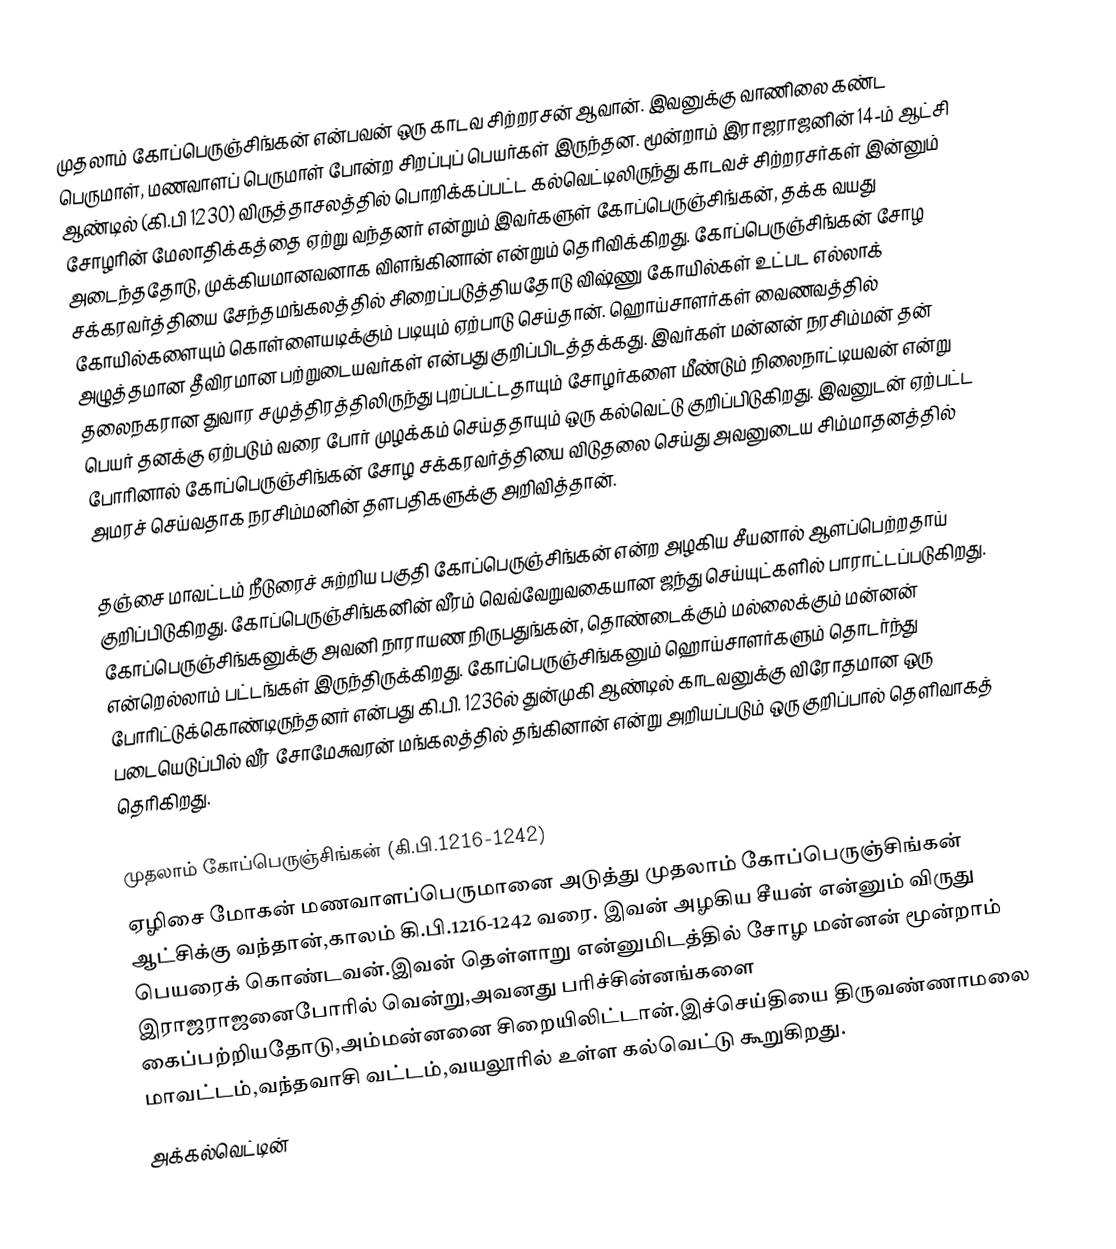
முதலாம் கோப்பெருஞ்சிங்கன் என்பவன் ஒரு காடவ சிற்றரசன் ஆவான். இவனுக்கு வாணிலை கண்ட பெருமாள், மணவாளப் பெருமாள் போன்ற சிறப்புப் பெயர்கள் இருந்தன.  மூன்றாம் இராஜராஜனின் 14-ம் ஆட்சி ஆண்டில் (கி.பி 1230) விருத்தாசலத்தில் பொறிக்கப்பட்ட கல்வெட்டிலிருந்து காடவச் சிற்றரசர்கள் இன்னும் சோழரின் மேலாதிக்கத்தை ஏற்று வந்தனர் என்றும் இவர்களுள் கோப்பெருஞ்சிங்கன், தக்க வயது அடைந்ததோடு, முக்கியமானவனாக விளங்கினான் என்றும் தெரிவிக்கிறது. கோப்பெருஞ்சிங்கன் சோழ சக்கரவர்த்தியை சேந்தமங்கலத்தில் சிறைப்படுத்தியதோடு விஷ்ணு கோயில்கள் உட்பட எல்லாக் கோயில்களையும் கொள்ளையடிக்கும் படியும் ஏற்பாடு செய்தான். ஹொய்சாளர்கள் வைணவத்தில் அழுத்தமான தீவிரமான பற்றுடையவர்கள் என்பது குறிப்பிடத்தக்கது. இவர்கள் மன்னன் நரசிம்மன் தன் தலைநகரான துவார சமுத்திரத்திலிருந்து புறப்பட்டதாயும் சோழர்களை மீண்டும் நிலைநாட்டியவன் என்று பெயர் தனக்கு ஏற்படும் வரை போர் முழக்கம் செய்ததாயும் ஒரு கல்வெட்டு குறிப்பிடுகிறது. இவனுடன் ஏற்பட்ட போரினால் கோப்பெருஞ்சிங்கன் சோழ சக்கரவர்த்தியை விடுதலை செய்து அவனுடைய சிம்மாதனத்தில் அமரச் செய்வதாக நரசிம்மனின் தளபதிகளுக்கு அறிவித்தான்.

தஞ்சை மாவட்டம் நீடுரைச் சுற்றிய பகுதி கோப்பெருஞ்சிங்கன் என்ற அழகிய சீயனால் ஆளப்பெற்றதாய் குறிப்பிடுகிறது. கோப்பெருஞ்சிங்கனின் வீரம் வெவ்வேறுவகையான ஜந்து செய்யுட்களில் பாராட்டப்படுகிறது. கோப்பெருஞ்சிங்கனுக்கு அவனி நாராயண நிருபதுங்கன், தொண்டைக்கும் மல்லைக்கும் மன்னன் என்றெல்லாம் பட்டங்கள் இருந்திருக்கிறது. கோப்பெருஞ்சிங்கனும் ஹொய்சாளர்களும் தொடர்ந்து போரிட்டுக்கொண்டிருந்தனர் என்பது கி.பி. 1236ல் துன்முகி ஆண்டில் காடவனுக்கு விரோதமான ஒரு படையெடுப்பில் வீர சோமேசுவரன் மங்கலத்தில் தங்கினான் என்று அறியப்படும் ஒரு குறிப்பால் தெளிவாகத் தெரிகிறது.

முதலாம் கோப்பெருஞ்சிங்கன் (கி.பி.1216-1242)
ஏழிசை மோகன் மணவாளப்பெருமானை அடுத்து முதலாம் கோப்பெருஞ்சிங்கன் ஆட்சிக்கு வந்தான்,காலம் கி.பி.1216-1242 வரை. இவன் அழகிய சீயன் என்னும் விருது பெயரைக் கொண்டவன்.இவன் தெள்ளாறு என்னுமிடத்தில் சோழ மன்னன் மூன்றாம் இராஜராஜனைபோரில் வென்று,அவனது பரிச்சின்னங்களை கைப்பற்றியதோடு,அம்மன்னனை சிறையிலிட்டான்.இச்செய்தியை திருவண்ணாமலை மாவட்டம்,வந்தவாசி வட்டம்,வயலூரில் உள்ள கல்வெட்டு கூறுகிறது.
அக்கல்வெட்டின்